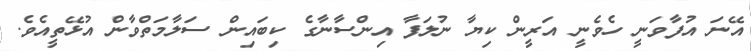
އޭނަ އުފާވަނީ ހެވެނީ އަރީން ކިޔާ ނުލަފާ އިންސާނާގެ ކިބައިން ސަލާމަތްވާން އުޅޭތީއެވެ.